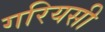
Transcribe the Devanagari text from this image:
गरियसी